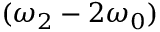
( \omega _ { 2 } - 2 \omega _ { 0 } )